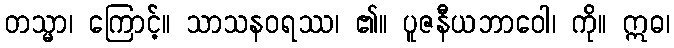
တသ္မာ၊ ကြောင့်။ သာသနဝရဿ၊ ၏။ ပူဇနီယဘာဝေါ၊ ကို။ ဣဓ၊